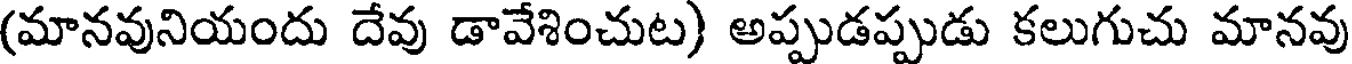
(మానవునియందు దేవు డావేశించుట) అప్పుడప్పుడు కలుగుచు మానవు